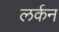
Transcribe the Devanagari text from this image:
लर्कन